Sanitation, dispensaries and jails vaccination Rajputana 1922-1927 - 1922-1927
Year: 1922
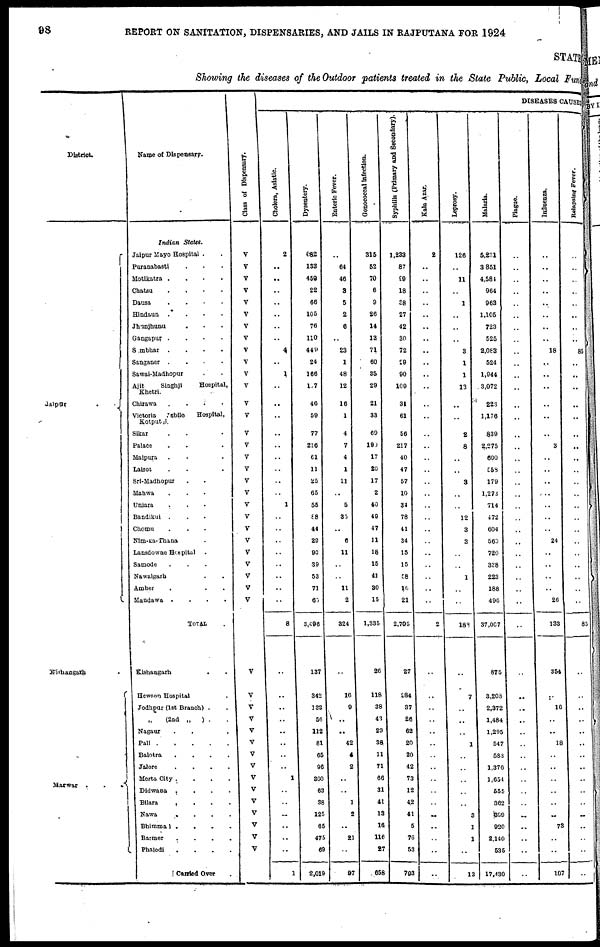
98
REPORT ON SANITATION, DISPENSARIES, AND JAILS IN RAJPUTANA FOR 1924
STATE
Showing the diseases of the Outdoor patients treated in the State Public, Local Fund
District.
Jaipur
..
Kishangarh .
Marwar
...
Name of Dispensary.
Indian States.
Jaipur Mayo Hospital ..
Puranabasti ...
Motikatra ....
Chatsu
.
.
.
.
Dausa
....
Hindaun
.
.
.
.
Jhunjhuna ....
Gangapur
.
.
.
.
Sambhar
.
.
.
.
Sanganer ....
Sawai-Madhopur ..
Ajit
Singhji
Hospital,
Khetri.
Chirawa ....
Victoria
Jubile
Hospital,
Kotputli.
Sikar ...
Palace ....
Malpura ....
Lalsot ....
Sri-Madhopur ....
Mahwa ....
Uniara ....
Bandikui ....
Chomu ....
Nim-Ka-Thana ...
Lansdowne Hospital ...
Samode ...
Nawalgarh ...
Amber ...
Mandawa
.
.
.
.
TOTAL .
Kishangarh ..
Hewson Hospital .
Jodhpur (1st Branch) .
„ (2nd „
) ..
Nagaur ...
Pali
Balotra
.
.
.
.
Jalore
.
.
.
.
Merta City
.
.
.
.
Didwana
.
.
.
.
Bilara
....
Nawa
.
.
.
.
Bhimmal
.
.
.
.
Barmer
.
.
.
.
Phalodi
.
.
.
.
Carried Over .
Class of Dispensary.
V
V
V
V
V
V
V
V
V
V
V
V
V
V
V
V
V
V
V
V
V
V
V
V
V
V
V
V
V
V
V
V
V
V
V
V
V
V
V
V
V
V
V
V
DISEASES CAUSE
Cholera, Asiatic.
2
..
..
..
..
..
..
..
4
..
1
..
..
..
..
..
..
..
..
..
1
..
..
..
..
..
..
..
..
8
..
..
..
..
..
..
..
..
1
..
..
..
..
..
..
1
Dysentery.
682
133
459
22
66
105
76
110
449
24
166
107
46
59
77
216
61
11
25
65
55
88
44
29
93
39
53
71
65
3,496
137
342
132
58
112
81
65
96
300
63
38
125
65
475
69
2,019
Enteric Fever.
..
64
46
3
5
2
6
..
23
1
48
12
16
1
4
7
4
1
11
..
5
35
..
6
11
..
..
11
2
324
..
16
9
..
..
42
4
2
..
..
1
2
..
21
..
97
Gonococcal infection.
315
52
70
6
9
26
14
13
71
60
35
29
21
33
69
190
17
20
17
2
40
49
47
11
18
15
41
30
15
1,335
26
118
38
43
29
38
11
71
66
31
41
13
16
116
27
658
Syphilis (Primary and Secondary).
1,233
87
99
18
38
27
42
30
72
29
90
109
31
61
56
217
40
47
57
10
34
78
41
34
15
15
58
16
21
2,705
27
284
37
26
62
20
20
42
73
12
42
41
5
76
53
793
Kala-Azar
2
..
..
..
..
..
..
..
..
..
..
..
..
..
..
..
..
..
..
..
..
..
..
..
..
..
..
..
..
2
..
..
..
..
..
..
..
..
..
..
..
..
..
..
..
..
Leprosy.
126
..
11
..
1
..
..
..
3
1
1
13
..
..
2
8
..
..
3
..
..
12
3
3
..
..
1
..
..
188
..
7
..
..
..
1
..
..
..
..
..
3
1
1
..
13
Malaria.
5,231
3,851
4,581
964
963
1,105
723
525
2,083
524
1,944
3,072
223
1,176
839
2,275
600
559
179
1,273
714
472
604
560
720
338
223
188
496
37,007
875
3,203
2,372
1,484
1,295
547
583
1,376
1,654
555
362
399
920
2,140
535
17,430
Plague.
..
..
..
..
..
..
..
..
..
..
..
..
..
..
..
..
..
..
..
..
..
..
..
..
..
..
..
..
..
..
..
..
..
..
..
..
..
..
..
..
..
..
..
..
..
..
Influenza.
..
..
..
..
..
..
..
..
18
..
..
..
..
..
..
3
..
..
..
..
..
..
..
24
..
..
..
..
26
133
354
..
16
..
..
18
..
..
..
..
..
..
73
..
..
107
Relapsing Fever.
..
..
..
..
..
..
..
..
85
..
..
..
..
..
..
..
..
..
..
..
..
..
..
..
..
..
..
..
..
85
..
..
..
..
..
..
..
..
..
..
..
..
..
..
..
..